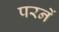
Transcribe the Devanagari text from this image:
परनें